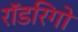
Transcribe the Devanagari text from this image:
रॉडरिगो